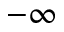
- \infty